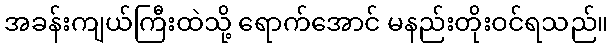
အခန်းကျယ်ကြီးထဲသို့ ရောက်အောင် မနည်းတိုးဝင်ရသည်။